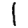
Digit: 1